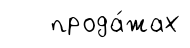
прода́жах